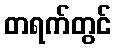
တရက်တွင်